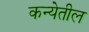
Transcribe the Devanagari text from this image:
कन्येतील